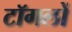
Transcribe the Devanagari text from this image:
टॉगलों